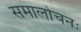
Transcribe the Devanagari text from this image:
समालोचनः